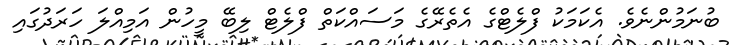
ބުނަމުންނެވެ. އެކަމަކު ފްލެޓްގެ އެތެރޭގެ މަސައްކަތް ފްލެޓް ލިބޭ މީހުން އަމިއްލަ ހަރަދުގައި